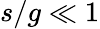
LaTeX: s/g\ll 1